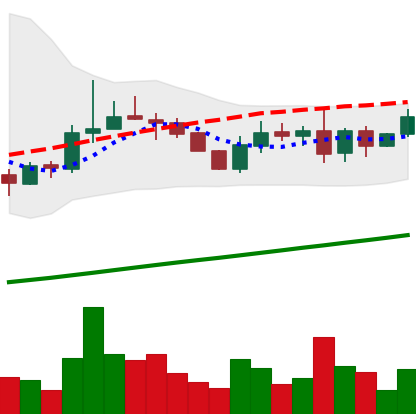
Ticker: LINK-USD
Chart end date: 2019-08-18
Forward return: -9.855%
Label: down_7plus